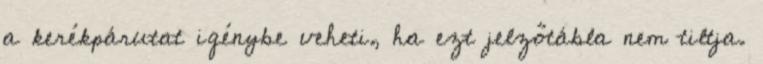
a kerékpárutat igénybe veheti, ha ezt jelzőtábla nem tiltja.